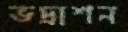
ভদ্রাশন